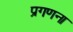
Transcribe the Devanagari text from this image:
प्रगणना